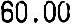
60.00